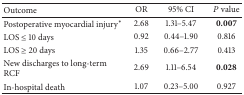
<table><thead><tr><td><b>Outcome</b></td><td><b>OR</b></td><td><b>95% CI</b></td><td><b><i>P</i> value</b></td></tr></thead><tbody><tr><td>Postoperative myocardial injury*</td><td>2.68</td><td>1.31–5.47</td><td><b>0.007</b></td></tr><tr><td>LOS ≤ 10 days</td><td>0.92</td><td>0.44–1.90</td><td>0.816</td></tr><tr><td>LOS ≥ 20 days</td><td>1.35</td><td>0.66–2.77</td><td>0.413</td></tr><tr><td>New discharges to long-term RCF</td><td>2.69</td><td>1.11–6.54</td><td><b>0.028</b></td></tr><tr><td>In-hospital death</td><td>1.07</td><td>0.23–5.00</td><td>0.927</td></tr></tbody></table>